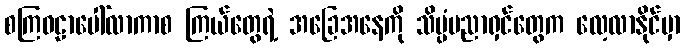
စကြဝဠာပေါ်လာကာစ ကြယ်တွေရဲ့ အခြေအနေကို သိပ္ပံပညာရှင်တွေက လေ့လာနိုင်မှာ